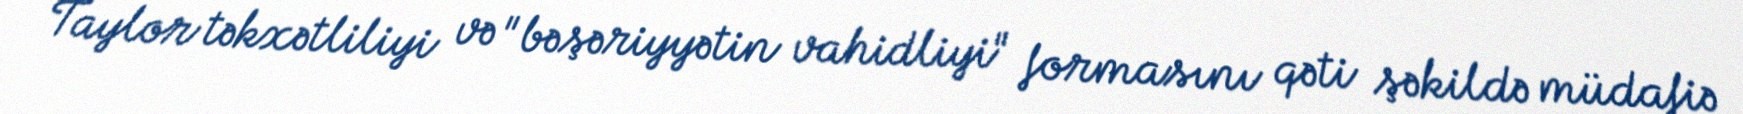
Taylor təkxətliliyi və "bəşəriyyətin vahidliyi" formasını qəti şəkildə müdafiə